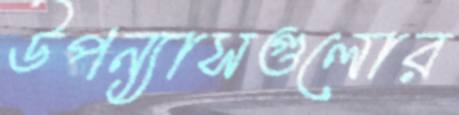
উপন্যাসগুলোর